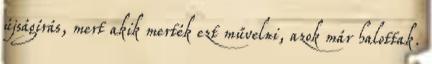
újságírás, mert akik merték ezt művelni, azok már halottak.